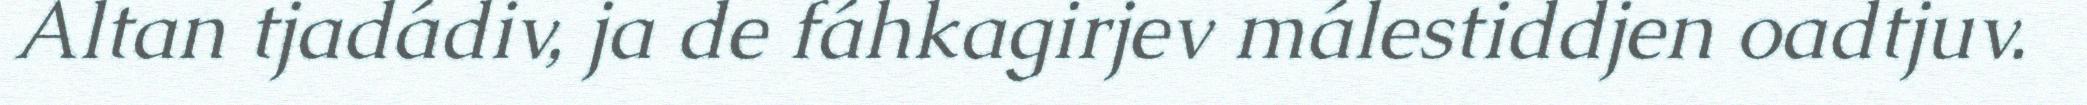
Altan tjadádiv, ja de fáhkagirjev málestiddjen oadtjuv.